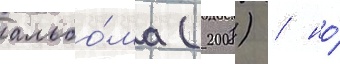
альбо́ма (2008) / но́